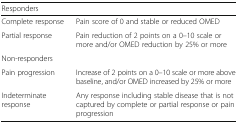
<table><thead><tr><td colspan="2"><b>Responders</b></td></tr></thead><tbody><tr><td>Complete response</td><td>Pain score of 0 and stable or reduced OMED</td></tr><tr><td>Partial response</td><td>Pain reduction of 2 points on a 0–10 scale or more and/or OMED reduction by 25% or more</td></tr><tr><td colspan="2">Non-responders</td></tr><tr><td>Pain progression</td><td>Increase of 2 points on a 0–10 scale or more above baseline, and/or OMED increased by 25% or more</td></tr><tr><td>Indeterminate response</td><td>Any response including stable disease that is not captured by complete or partial response or pain progression</td></tr></tbody></table>